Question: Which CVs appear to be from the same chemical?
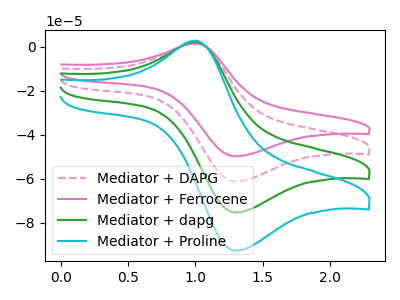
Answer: <think>The pink dashed curve "Mediator + DAPG" has an anodic peak at (1.00V, 1.90uA) and a cathodic peak at (1.30V, -61.20uA). The pink curve "Mediator + Ferrocene" has an anodic peak at (1.00V, 1.55uA) and a cathodic peak at (1.30V, -49.75uA). The green curve "Mediator + dapg" has an anodic peak at (1.00V, 3.75uA) and a cathodic peak at (1.30V, -122.40uA). The cyan curve "Mediator + Proline" has an anodic peak at (1.00V, 5.65uA) and a cathodic peak at (1.30V, -183.60uA).
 All the peaks in "Mediator + DAPG" have a peak in "Mediator + Ferrocene" at the same potential. Every peak in "Mediator + DAPG" is higher than every peak in "Mediator + Ferrocene". All the peaks in "Mediator + DAPG" have a peak in "Mediator + dapg" at the same potential. Every peak in "Mediator + DAPG" is lower than every peak in "Mediator + dapg". All the peaks in "Mediator + DAPG" have a peak in "Mediator + Proline" at the same potential. Every peak in "Mediator + DAPG" is lower than every peak in "Mediator + Proline". All the peaks in "Mediator + Ferrocene" have a peak in "Mediator + dapg" at the same potential. Every peak in "Mediator + Ferrocene" is lower than every peak in "Mediator + dapg". All the peaks in "Mediator + Ferrocene" have a peak in "Mediator + Proline" at the same potential. Every peak in "Mediator + Ferrocene" is lower than every peak in "Mediator + Proline". All the peaks in "Mediator + dapg" have a peak in "Mediator + Proline" at the same potential. Every peak in "Mediator + dapg" is lower than every peak in "Mediator + Proline".</think>
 <answer>"Mediator + Ferrocene", "Mediator + DAPG", "Mediator + dapg" and "Mediator + Proline" have the same shape and are likely CV's of the same chemical.</answer>
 <eval>"Mediator + Ferrocene" "Mediator + DAPG" "Mediator + dapg" "Mediator + Proline"</eval>